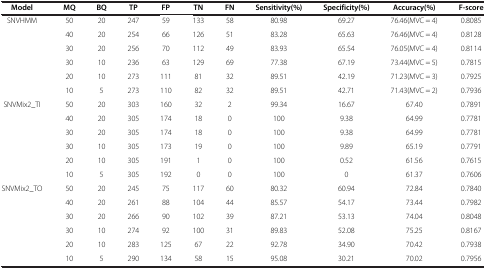
<table><thead><tr><td><b>Model</b></td><td><b>MQ</b></td><td><b>BQ</b></td><td><b>TP</b></td><td><b>FP</b></td><td><b>TN</b></td><td><b>FN</b></td><td><b>Sensitivity(%)</b></td><td><b>Specificity(%)</b></td><td><b>Accuracy(%)</b></td><td><b>F-score</b></td></tr></thead><tbody><tr><td rowspan="6">SNVHMM</td><td>50</td><td>20</td><td>247</td><td>59</td><td>133</td><td>58</td><td>80.98</td><td>69.27</td><td>76.46(MVC = 4)</td><td>0.8085</td></tr><tr><td>40</td><td>20</td><td>254</td><td>66</td><td>126</td><td>51</td><td>83.28</td><td>65.63</td><td>76.46(MVC = 4)</td><td>0.8128</td></tr><tr><td>30</td><td>20</td><td>256</td><td>70</td><td>112</td><td>49</td><td>83.93</td><td>65.54</td><td>76.05(MVC = 4)</td><td>0.8114</td></tr><tr><td>30</td><td>10</td><td>236</td><td>63</td><td>129</td><td>69</td><td>77.38</td><td>67.19</td><td>73.44(MVC = 5)</td><td>0.7815</td></tr><tr><td>20</td><td>10</td><td>273</td><td>111</td><td>81</td><td>32</td><td>89.51</td><td>42.19</td><td>71.23(MVC = 3)</td><td>0.7925</td></tr><tr><td>10</td><td>5</td><td>273</td><td>110</td><td>82</td><td>32</td><td>89.51</td><td>42.71</td><td>71.43(MVC = 2)</td><td>0.7936</td></tr><tr><td rowspan="6">SNVMix2_TI</td><td>50</td><td>20</td><td>303</td><td>160</td><td>32</td><td>2</td><td>99.34</td><td>16.67</td><td>67.40</td><td>0.7891</td></tr><tr><td>40</td><td>20</td><td>305</td><td>174</td><td>18</td><td>0</td><td>100</td><td>9.38</td><td>64.99</td><td>0.7781</td></tr><tr><td>30</td><td>20</td><td>305</td><td>174</td><td>18</td><td>0</td><td>100</td><td>9.38</td><td>64.99</td><td>0.7781</td></tr><tr><td>30</td><td>10</td><td>305</td><td>173</td><td>19</td><td>0</td><td>100</td><td>9.89</td><td>65.19</td><td>0.7791</td></tr><tr><td>20</td><td>10</td><td>305</td><td>191</td><td>1</td><td>0</td><td>100</td><td>0.52</td><td>61.56</td><td>0.7615</td></tr><tr><td>10</td><td>5</td><td>305</td><td>192</td><td>0</td><td>0</td><td>100</td><td>0</td><td>61.37</td><td>0.7606</td></tr><tr><td rowspan="5">SNVMix2_TO</td><td>50</td><td>20</td><td>245</td><td>75</td><td>117</td><td>60</td><td>80.32</td><td>60.94</td><td>72.84</td><td>0.7840</td></tr><tr><td>40</td><td>20</td><td>261</td><td>88</td><td>104</td><td>44</td><td>85.57</td><td>54.17</td><td>73.44</td><td>0.7982</td></tr><tr><td>30</td><td>20</td><td>266</td><td>90</td><td>102</td><td>39</td><td>87.21</td><td>53.13</td><td>74.04</td><td>0.8048</td></tr><tr><td>30</td><td>10</td><td>274</td><td>92</td><td>100</td><td>31</td><td>89.83</td><td>52.08</td><td>75.25</td><td>0.8167</td></tr><tr><td>20</td><td>10</td><td>283</td><td>125</td><td>67</td><td>22</td><td>92.78</td><td>34.90</td><td>70.42</td><td>0.7938</td></tr><tr><td> </td><td>10</td><td>5</td><td>290</td><td>134</td><td>58</td><td>15</td><td>95.08</td><td>30.21</td><td>70.02</td><td>0.7956</td></tr></tbody></table>